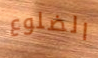
الضلوع